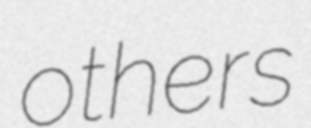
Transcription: others